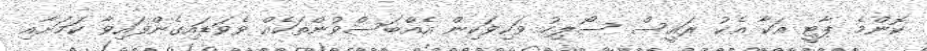
ކޮންމެ ޕާޓީ އަކާ އެކު ރައީސް ސޯލިހު ވަކިވަކިން އެއްބަސްވުންތަކެއް ވެވަޑައިގެންފައިވާ ކަމަށާއި